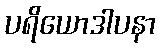
ပရိယောဒါပနာ